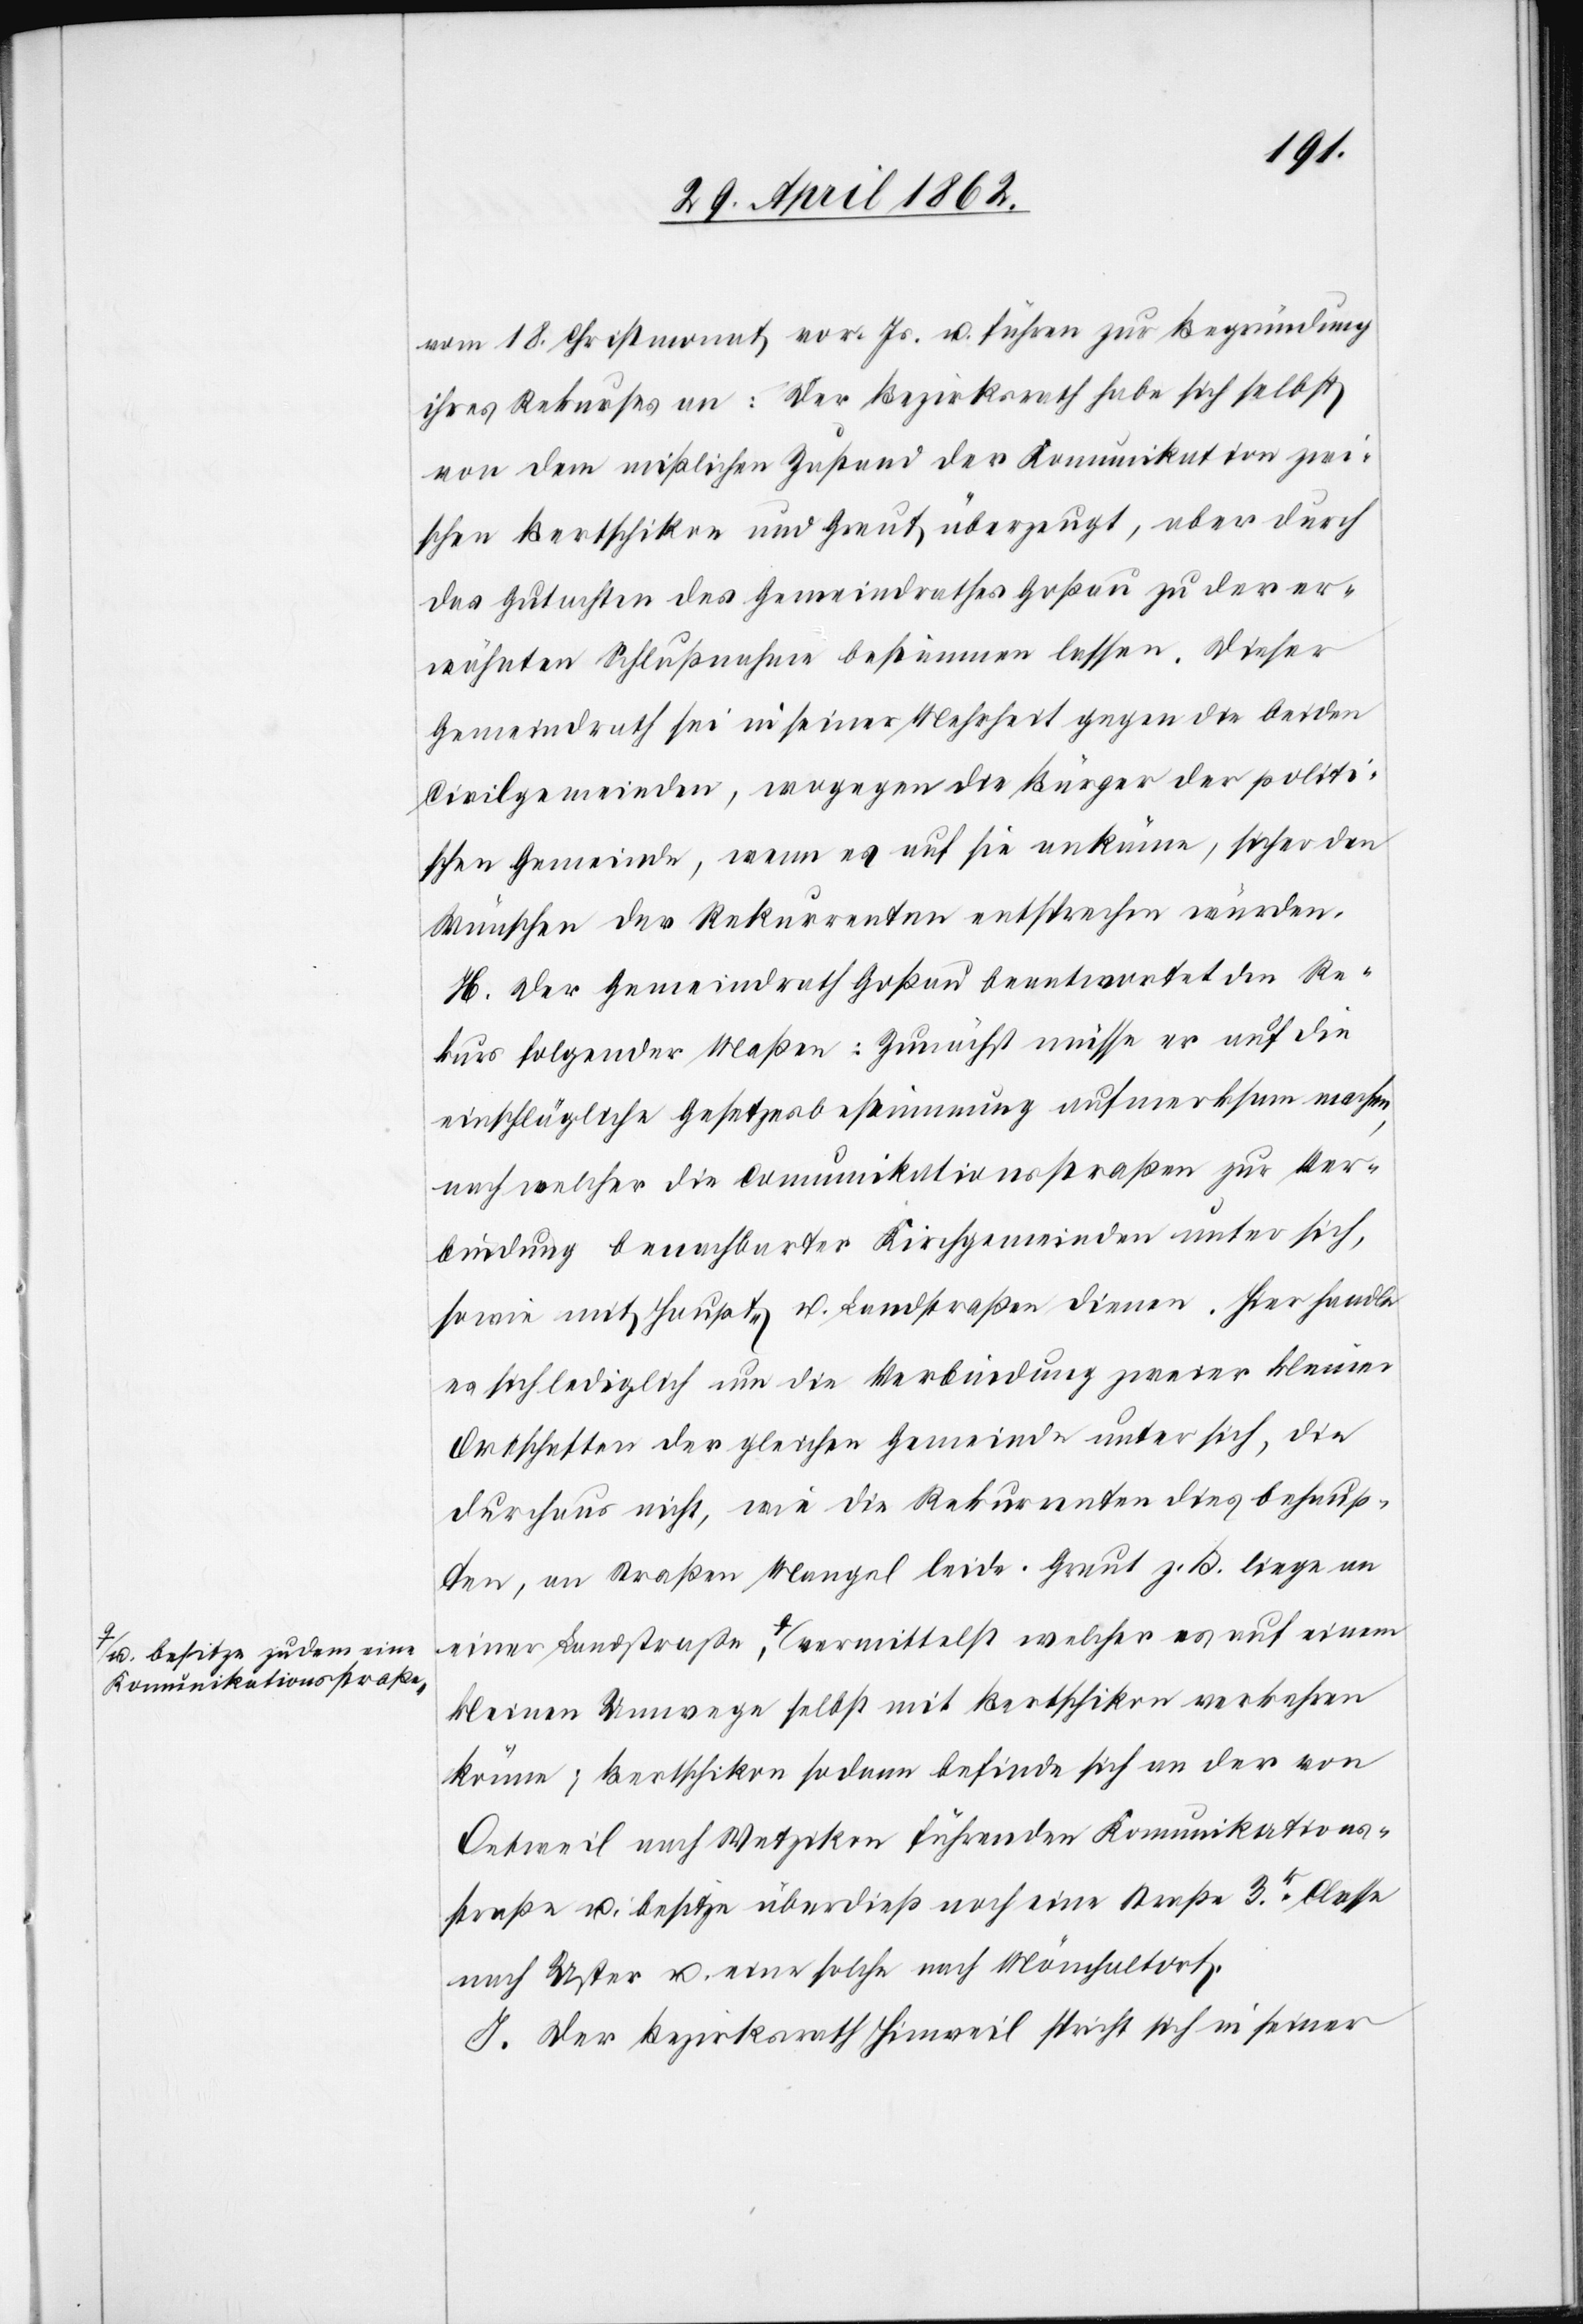
a-u. besitze zudem eine
Kommunikationsstraße,-a

vom 18. Christmonat vor. Js. u. führen zur Begründung
ihres Rekurses an: Der Bezirksrath habe sich selbst
von dem mißlichen Zustand der Kommunikation zwi¬
schen Bertschikon und Greut überzeugt, aber durch
das Gutachten des Gemeindrathes Goßau zu der er¬
wähnten Schlußnahme bestimmen lassen. Dieser
Gemeindrath sei in seiner Mehrheit gegen die beiden
Civilgemeinden, wogegen Bürger der politi¬
schen Gemeinde, wenn es auf sie ankäme, sicher den
Wünschen des Rekurrenten entsprechen würden.
H. Der Gemeindrath Goßau beantwortet den Re¬
kurs folgender Maßen: Zunächst müsse er auf die
einschlägliche Gesetzesbestimmung aufmerksam machen,
nach welcher die Communikationsstraßen zur Ver¬
bindung benachbarter Kirchgemeinden unter sich,
sowie mit Haupt- u. Landstraßen dienen. Hier handle
es sich lediglich um die Verbindung zweier kleiner
Ortschaften der gleichen Gemeinde unter sich, die
durchaus nicht, wie die Rekurrenten dies behaup¬
ten, an Straßen Mangel leide. Greut z. b. liege an
kleinen Umwege selbst mit Bertschikon verkehren
könne; Bertschikon sodann befinde sich an der von
Oetweil nach Wetzikon führenden Kommunikations¬
straße u. besitze überdieß noch eine Straße 3r. Classe
nach Uster u. eine solche nach Mönchaltorf.
J. Der Bezirksrath Hinweil spricht sich in seiner